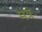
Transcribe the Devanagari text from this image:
मंत्रं